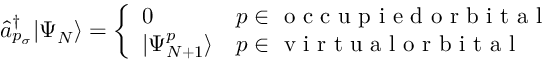
\hat { a } _ { p _ { \sigma } } ^ { \dagger } | \Psi _ { N } \rangle = \left\{ \begin{array} { l l } { 0 } & { p \in \mathrm { ~ o ~ c ~ c ~ u ~ p ~ i ~ e ~ d ~ o ~ r ~ b ~ i ~ t ~ a ~ l ~ } } \\ { | \Psi _ { N + 1 } ^ { p } \rangle } & { p \in \mathrm { ~ v ~ i ~ r ~ t ~ u ~ a ~ l ~ o ~ r ~ b ~ i ~ t ~ a ~ l ~ } } \end{array} \right.